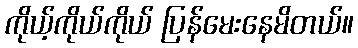
ကိုယ့်ကိုယ်ကိုယ် ပြန်မေးနေမိတယ်။